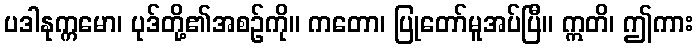
ပဒါနုက္ကမော၊ ပုဒ်တို့၏အစဉ်ကို။ ကတော၊ ပြုတော်မူအပ်ပြီ။ ဣတိ၊ ဤကား